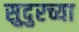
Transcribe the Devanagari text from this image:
सुदुरच्या